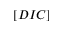
[ D I C ]